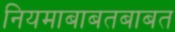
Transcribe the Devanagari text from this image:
नियमाबाबतबाबत